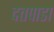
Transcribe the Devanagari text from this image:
दत्तपाडा